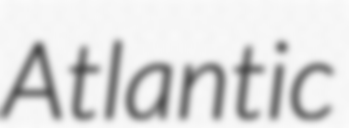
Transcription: Atlantic